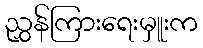
ညွှန်ကြားရေးမှူးက